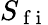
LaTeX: S_{\mathrm{~f~i~}}